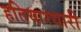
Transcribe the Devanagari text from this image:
हतियारधारी